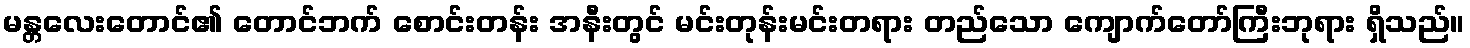
မန္တလေးတောင်၏ တောင်ဘက် စောင်းတန်း အနီးတွင် မင်းတုန်းမင်းတရား တည်သော ကျောက်တော်ကြီးဘုရား ရှိသည်။